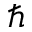
\hbar